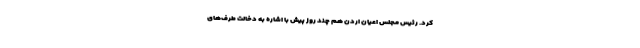
کرد. رئیس مجلس اعیان اردن هم چند روز پیش با اشاره به دخالت طرف‌های